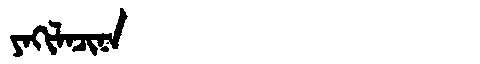
Manchu: ᠶᠠᡴᡳᠯᠠᠴᡳᠨᠠ
Romanization: YAKILACINA